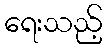
ရေးသည့်